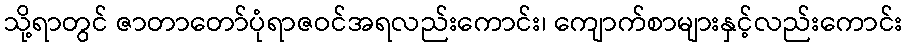
သို့ရာတွင် ဇာတာတော်ပုံရာဇဝင်အရလည်းကောင်း၊ ကျောက်စာများနှင့်လည်းကောင်း